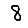
Digit: 8